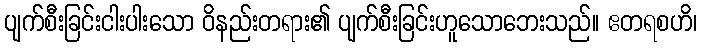
ပျက်စီးခြင်းငါးပါးသော ဝိနည်းတရား၏ ပျက်စီးခြင်းဟူသောဘေးသည်။ ဧတရစဟိ၊